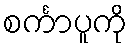
စင်္ကာပူကို